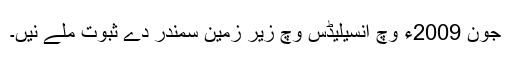
جون 2009ء وچ انسیلیڈس وچ زیر زمین سمندر دے ثبوت ملے نيں۔